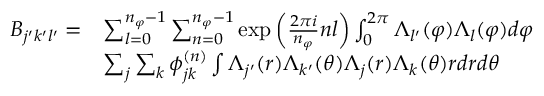
\begin{array} { r l } { B _ { j ^ { \prime } k ^ { \prime } l ^ { \prime } } = } & { \sum _ { l = 0 } ^ { n _ { \varphi } - 1 } \sum _ { n = 0 } ^ { n _ { \varphi } - 1 } \exp { \left( \frac { 2 \pi i } { n _ { \varphi } } n l \right) } \int _ { 0 } ^ { 2 \pi } \Lambda _ { l ^ { \prime } } ( \varphi ) \Lambda _ { l } ( \varphi ) d \varphi } \\ & { \sum _ { j } \sum _ { k } \phi _ { j k } ^ { ( n ) } \int \Lambda _ { j ^ { \prime } } ( r ) \Lambda _ { k ^ { \prime } } ( \theta ) \Lambda _ { j } ( r ) \Lambda _ { k } ( \theta ) r d r d \theta } \end{array}